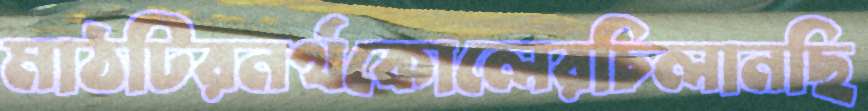
মাঠটিরনর্থকোলেরচিলানছি